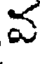
వ